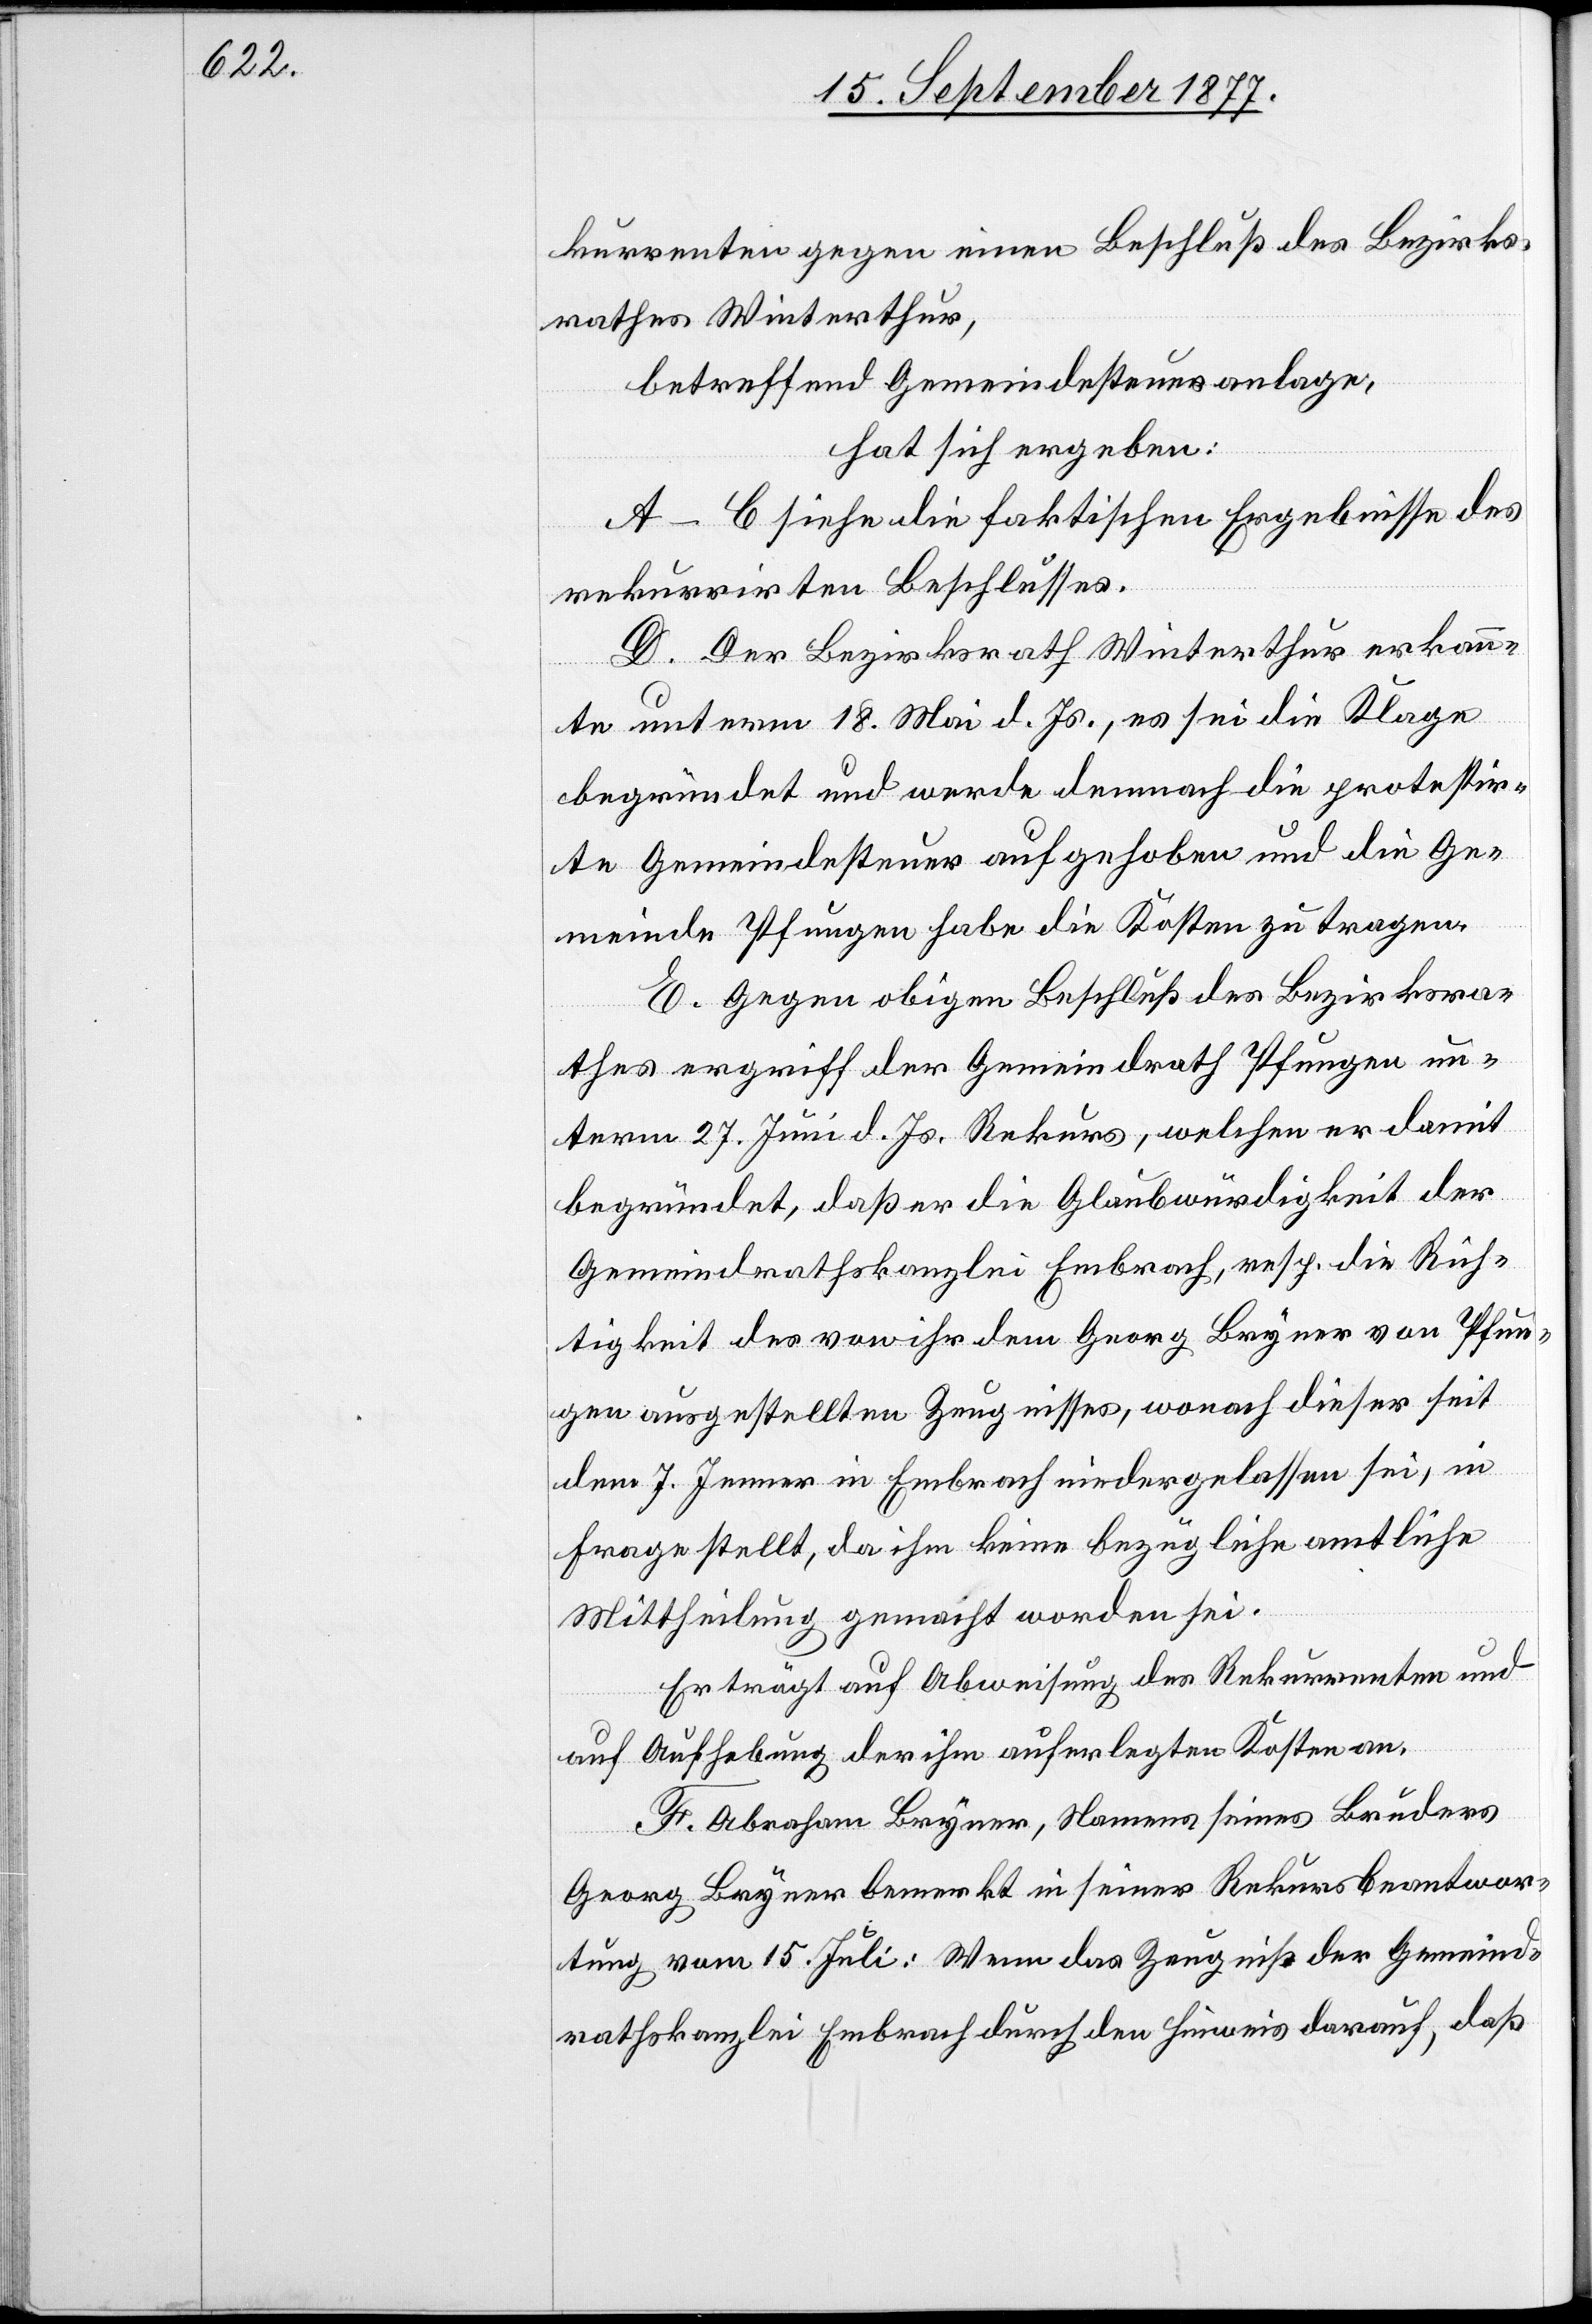
kurrenten gegen einen Beschluß des Bezirks¬
rathes Winterthur,
betreffend Gemeindesteueranlage,
hat sich ergeben:
A–C siehe die faktischen Ergebnisse des
rekurrirten Beschlusses.
D. Der Bezirksrath Winterthur erkann¬
te unterm 18. Mai d. Js., es sei die Klage
begründet und werde demnach die protestir¬
te Gemeindesteuer aufgehoben und die Ge¬
meinde Pfungen habe die Kosten zu tragen.
E. Gegen obigen Beschluß des Bezirksra¬
thes ergriff der Gemeindrath Pfungen un¬
term 27. Juni d. Js. Rekurs, welchen er damit
begründet, daß er die Glaubwürdigkeit der
Gemeindrathskanzlei Embrach, resp. die Rich¬
tigkeit des von ihr dem Georg Bryner von Pfun¬
gen ausgestellten Zeugnisses, wonach dieser seit
dem 7. Jenner in Embrach niedergelassen sei, in
Frage stellt, da ihm keine bezügliche amtliche
Mittheilung gemacht worden sei.
Er trägt auf Abweisung des Rekurrenten und
auf Aufhebung der ihm auferlegten Kosten an.
F. Abraham Bryner, Namens seines Bruders
Georg Bryner bemerkt in seiner Rekursbeantwor¬
tung vom 15. Juli: Wenn das Zeugniß der Gemeind¬
rathskanzlei Embrach durch den Hinweis darauf, daß